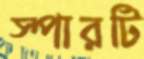
স্পারটি